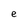
Character: e